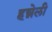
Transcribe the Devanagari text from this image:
हन्नेली